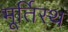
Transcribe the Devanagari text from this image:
मूर्तिस्थ